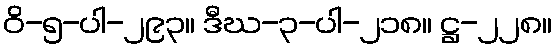
ဝိ-၅-ပါ-၂၉၃။ ဒီဃ-၃-ပါ-၂၁၈။ ဋ္ဌ-၂၂၈။